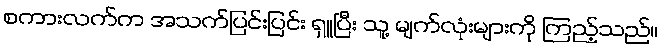
စကားလက်က အသက်ပြင်းပြင်း ရှူပြီး သူ့ မျက်လုံးများကို ကြည့်သည်။